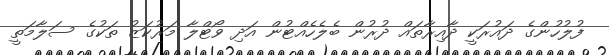
ފުލުހުންގެ ދައުރަކީ ދާއިރާތައް ދުރުން ބެލެހެއްޓުން އަދި ވޯޓްލާ މަރުކަޒު ތަކުގެ ސަލާމަތީ